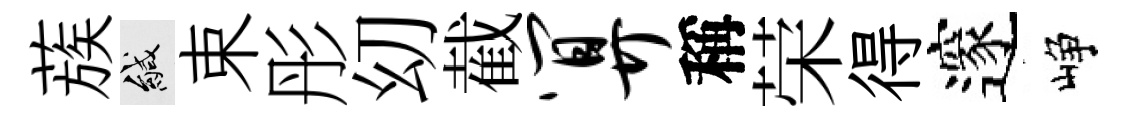
蔟緘束彤㓜截算稱荣得邃峥